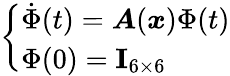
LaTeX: \left\{ \begin{array}{l}{\dot{\Phi}(t)=\boldsymbol{A}(\boldsymbol{x})\Phi(t)}\\ {\Phi(0)=\mathbf{I}_{6\times 6}}\end{array}\right.